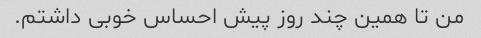
من تا همین چند روز پیش احساس خوبی داشتم.